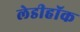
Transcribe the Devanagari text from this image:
लेडीहॉक